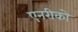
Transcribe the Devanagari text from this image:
एनरीको